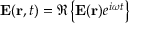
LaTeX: \mathbf { E } ( \mathbf { r } , t ) = \Re \left\{ \mathbf { E } ( \mathbf { r } ) e ^ { i \omega t } \right\}